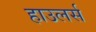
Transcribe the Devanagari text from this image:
हाउलर्स